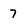
Character: 7